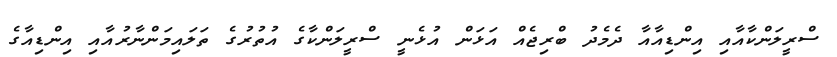
ސްރީލަންކާއާއި އިންޑިއާއާ ދެމެދު ބްރިޖެއް އަޅަން އުޅެނީ ސްރީލަންކާގެ އުތުރުގެ ތަލައިމަންނާރުއާއި އިންޑިއާގެ